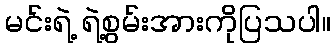
မင်းရဲ့ ရဲ့စွမ်းအားကိုပြသပါ။